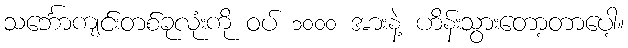
သင်္ဘောကျင်းတစ်ခုလုံးကို ဝပ် ၁၀၀၀ အားနဲ့ ဟိန်းသွားတော့တာပေါ့။